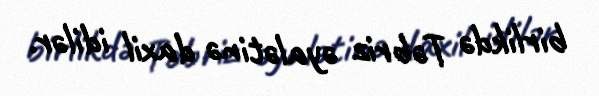
birlikdə Təbriz əyalətinə daxil idilər.